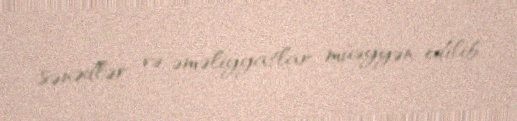
sənədlər və əməliyyatlar müəyyən edilib.